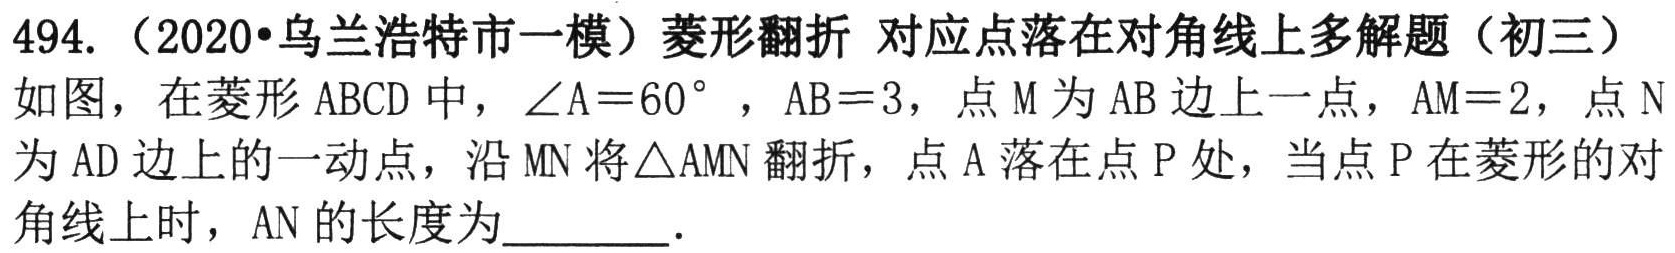
494.（2020•乌兰浩特市一模）菱形翻折 对应点落在对角线上多解题（初三）
如图，在菱形 \(ABCD\) 中，\(\angle A = 60^{\circ}\)，\(AB = 3\)，点 \(M\) 为 \(AB\) 边上一点，\(AM = 2\)，点 \(N\) 为 \(AD\) 边上的一动点，沿 \(MN\) 将\(\triangle AMN\) 翻折，点 \(A\) 落在点 \(P\) 处，当点 \(P\) 在菱形的对角线上时，\(AN\) 的长度为  ．